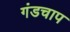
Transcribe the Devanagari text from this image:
गंडचाप